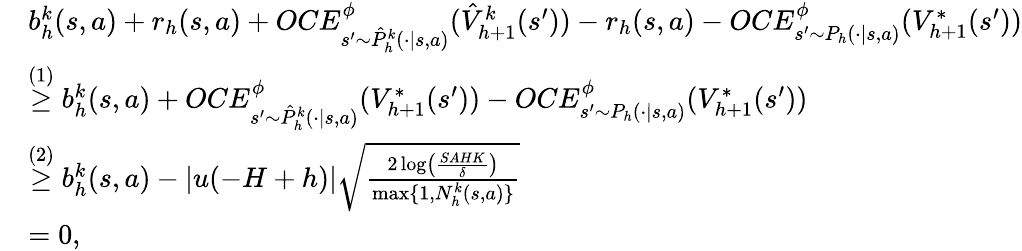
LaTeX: \begin{array}{rl}&{b_{h}^{k}(s,a)+r_{h}(s,a)+OCE_{s^{\prime}\sim\hat{P}_{h}^{k}(\cdot\vert s,a)}^{\phi}(\hat{V}_{h+1}^{k}(s^{\prime}))-r_{h}(s,a)-OCE_{s^{\prime}\sim P_{h}(\cdot\vert s,a)}^{\phi}(V_{h+1}^{*}(s^{\prime}))}\\ &{\overset{(1)}{\geq}b_{h}^{k}(s,a)+OCE_{s^{\prime}\sim\hat{P}_{h}^{k}(\cdot\vert s,a)}^{\phi}(V_{h+1}^{*}(s^{\prime}))-OCE_{s^{\prime}\sim P_{h}(\cdot\vert s,a)}^{\phi}(V_{h+1}^{*}(s^{\prime}))}\\ &{\overset{(2)}{\geq}b_{h}^{k}(s,a)-\vert u(-H+h)\vert\sqrt{\frac{2\log\left(\frac{SAHK}{\delta}\right)}{\operatorname*{max}\{ 1,N_{h}^{k}(s,a)\} }}}\\ &{=0,}\end{array}